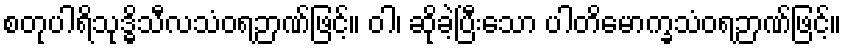
စတုပါရိသုဒ္ဓိသီလသံဝရဉာဏ်ဖြင့်။ ဝါ၊ ဆိုခဲ့ပြီးသော ပါတိမောက္ခသံဝရဉာဏ်ဖြင့်။